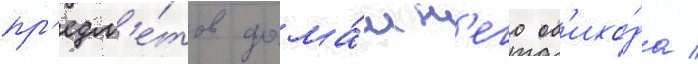
пр'едм'е́тов дома́шн'его об'ихо́да /